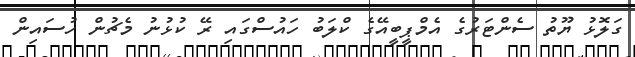
ގަލޮޅު ޔޫތު ސެންޓަރުގެ އެމްޕީބީއޭގެ ކްލަބު ހައުސްގައި ރޭ ކުޅުނު މެޗުން ހުސައިން